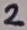
Text: 2